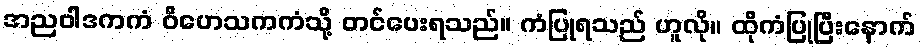
အညဝါဒကကံ ဝိဟေသကကံသို့ တင်ပေးရသည်။ ကံပြုရသည် ဟူလို။ ထိုကံပြုပြီးနောက်